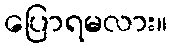
ပြောရမလား။